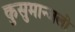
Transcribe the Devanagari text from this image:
कुसुमान्जली